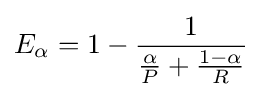
E_{\alpha }=1-{\frac {1}{{\frac {\alpha }{P}}+{\frac {1-\alpha }{R}}}}